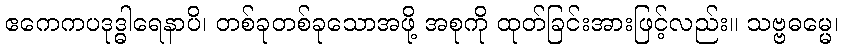
ဧကေကပဒုဒ္ဓါရေနာပိ၊ တစ်ခုတစ်ခုသောအဖို့ အစုကို ထုတ်ခြင်းအားဖြင့်လည်း။ သဗ္ဗဓမ္မေ၊